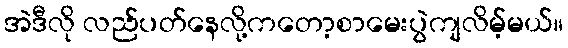
အဲဒီလို လည်ပတ်နေလို့ကတော့စာမေးပွဲကျလိမ့်မယ်။